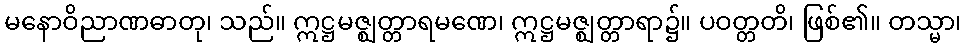
မနောဝိညာဏဓာတု၊ သည်။ ဣဋ္ဌမဇ္ဈတ္တာရမဏေ၊ ဣဋ္ဌမဇ္ဈတ္တာရာ၌။ ပဝတ္တတိ၊ ဖြစ်၏။ တသ္မာ၊